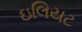
ઇલિયટ